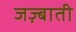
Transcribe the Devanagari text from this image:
जज़्बाती